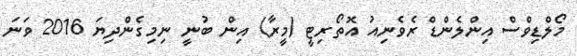
މޯލްޑިވްސް އިންލެންޑް ރެވެނިއު އޮތޯރިޓީ (މީރާ) އިން ބުނީ ނިމިގެންދިޔަ 2016 ވަނަ